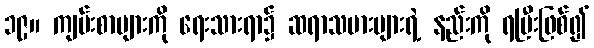
၁၉။ ကျမ်းစာများကို ရေးသားရာ၌ ဆရာသမားများရဲ့ နည်းကို ရပြီးဖြစ်၍